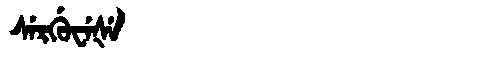
Manchu: ᠰᡝᡵᡤᡠᠸᡝᡧᡝ
Romanization: SERGUWEŠE